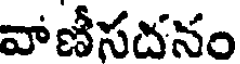
వాణీసదనం